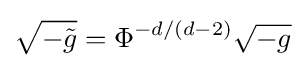
{\sqrt {-{\tilde {g}}}}=\Phi ^{-d/(d-2)}{\sqrt {-g}}